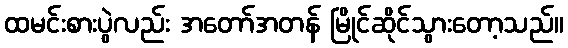
ထမင်းစားပွဲလည်း အတော်အတန် မြိုင်ဆိုင်သွားတော့သည်။